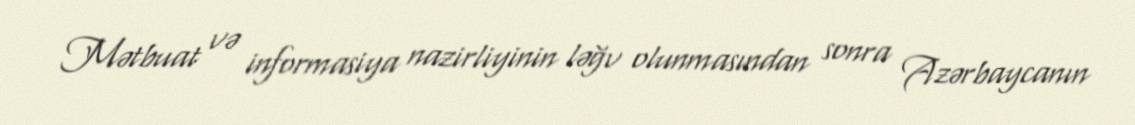
Mətbuat və informasiya nazirliyinin ləğv olunmasından sonra Azərbaycanın